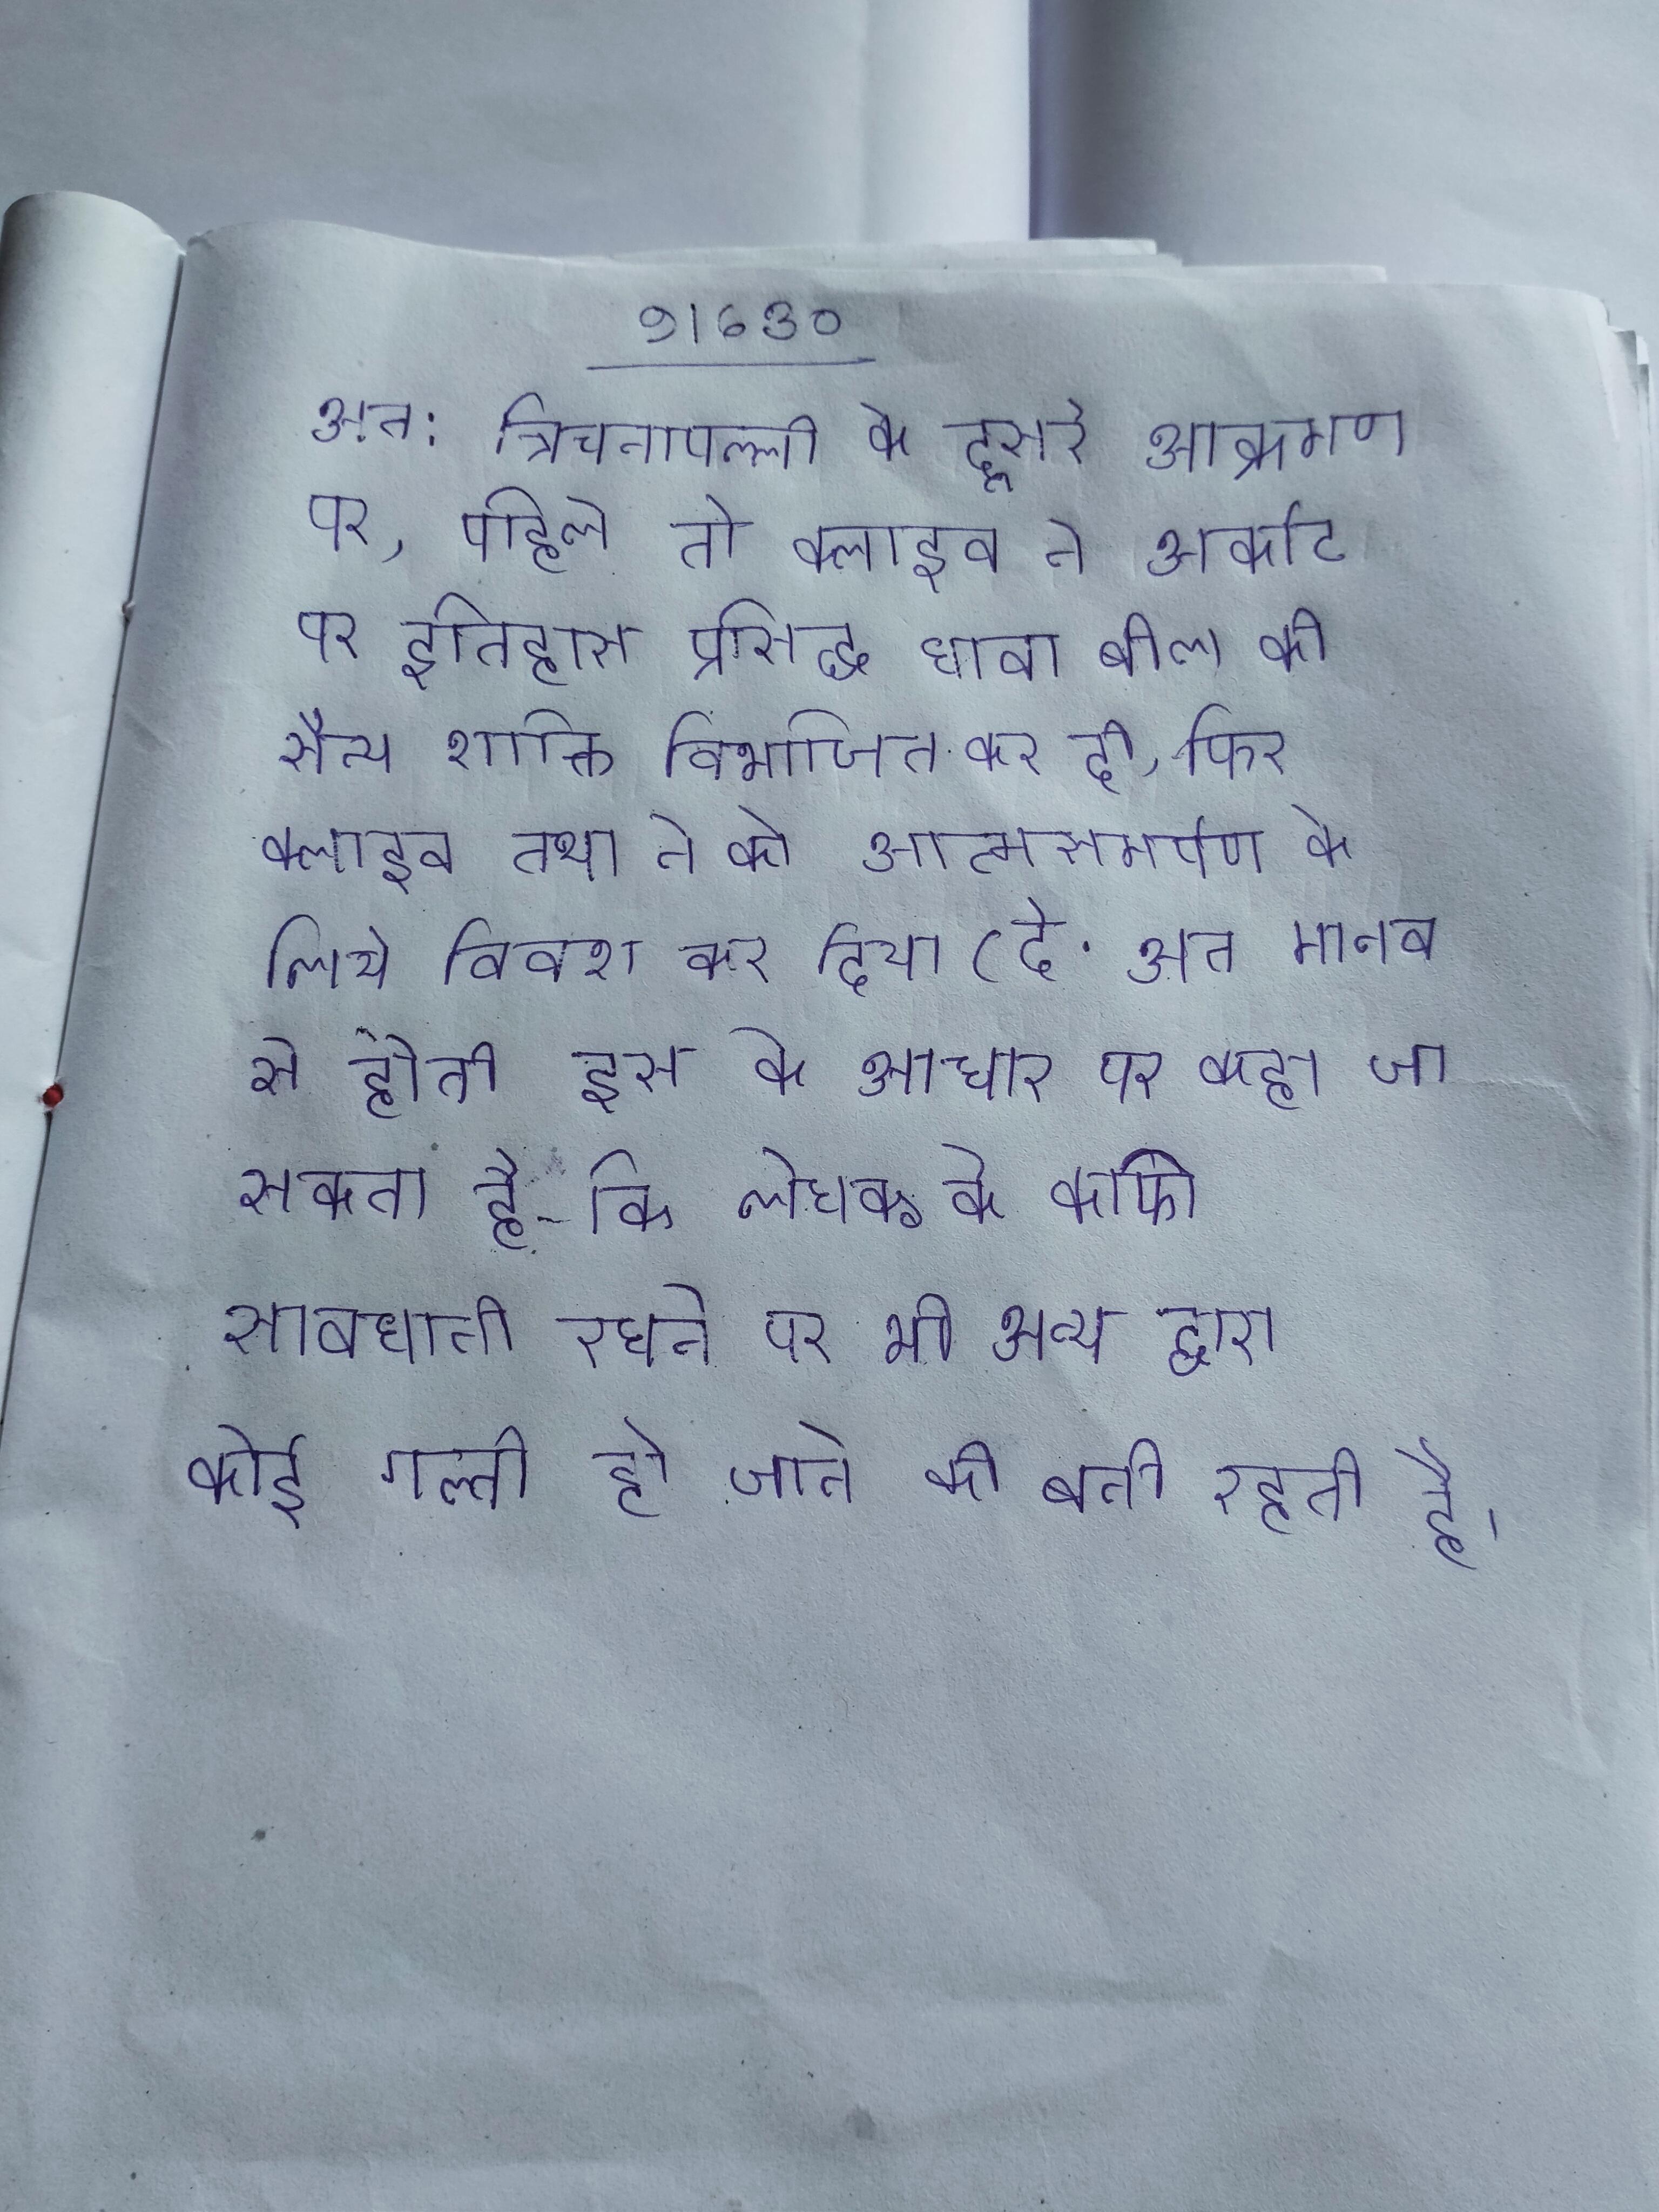
अत: त्रिचनापल्ली के दूसरे आक्रमण पर, पहिले तो क्लाइव ने अर्काट पर इतिहास प्रसिद्ध धावा बोल की सैन्य शक्ति विभाजित कर दी, फिर क्लाइव तथा ने को आत्मसमर्पण के लिये विवश कर दिया (दे . अत: मानव से होती इस के आधार पर कहा जा सकता है कि लेखक के काफी सावधानी रखने पर भी अन्य द्वारा कोई गल्ती हो जाने की बनी रहती है ।